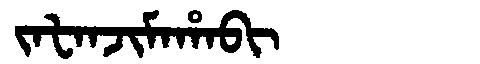
Manchu: ᠵᠠᡶᠠᠨᠵᡳᠮᠠᡥᠠᠪᡳ
Romanization: JAFANJIMAHABI